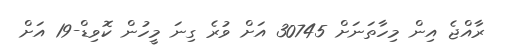
ރާއްޖެ އިން މިހާތަނަށް 30745 އަށް ވުރެ ގިނަ މީހުން ކޮވިޑް-19 އަށް